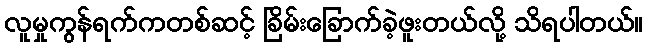
လူမှုကွန်ရက်ကတစ်ဆင့် ခြိမ်းခြောက်ခဲ့ဖူးတယ်လို့ သိရပါတယ်။